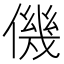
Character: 僟